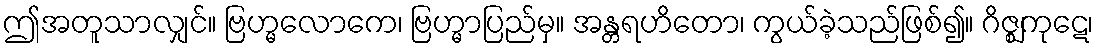
ဤအတူသာလျှင်။ ဗြဟ္မလောကေ၊ ဗြဟ္မာပြည်မှ။ အန္တရဟိတော၊ ကွယ်ခဲ့သည်ဖြစ်၍။ ဂိဇ္ဈကုဋေ၊